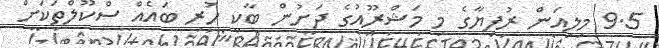
9.5 މިލިއަން ރުފިޔާގެ މި މަޝްރޫއުގެ ދަށުން ބާކީ ހުރި ބައެއް ސްކޫލްތަކަށް